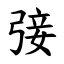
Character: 㢺